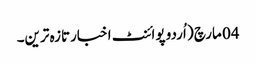
04 مارچ ( اُردو پوائنٹ اخبارتازہ ترین۔